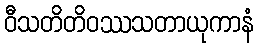
ဝီသတိတိဝဿသတာယုကာနံ